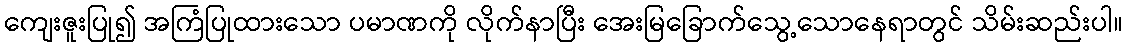
ကျေးဇူးပြု၍ အကြံပြုထားသော ပမာဏကို လိုက်နာပြီး အေးမြခြောက်သွေ့သောနေရာတွင် သိမ်းဆည်းပါ။